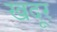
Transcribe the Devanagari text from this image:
खदूर